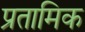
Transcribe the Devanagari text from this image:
प्रतामिक